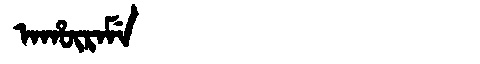
Manchu: ᠠᡥᡡᡵᠠᠮᡝ
Romanization: AHŪRAME